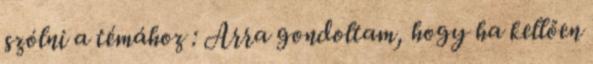
szólni a témához : Arra gondoltam, hogy ha kellően